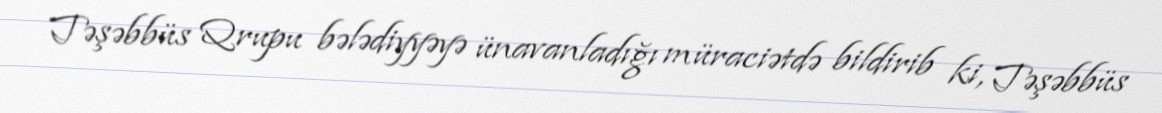
Təşəbbüs Qrupu bələdiyyəyə ünavanladığı müraciətdə bildirib ki, Təşəbbüs